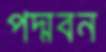
পদ্মবন